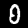
Digit: 0